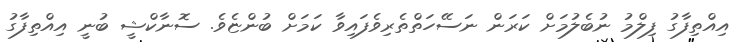
އިއްތިފާގު ފިލްމު ނުބެލުމަށް ކަރަން ނަސޭހަތްތެރިވެފައިވާ ކަމަށް ބުންޏެވެ. ސޮނާކްޝީ ބުނީ އިއްތިފާގު